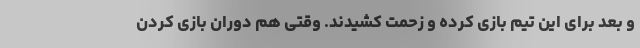
و بعد برای این تیم بازی کرده و زحمت کشیدند. وقتی هم دوران بازی کردن